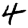
Digit: 4